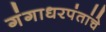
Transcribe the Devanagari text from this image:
गंगाधरपंतांचे